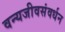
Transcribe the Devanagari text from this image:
वन्यजीवसंवर्धन